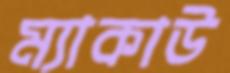
ম্যাকাউ